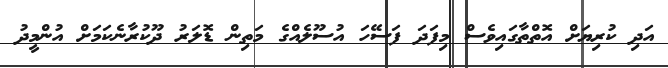
އަދި ކުރިޔަށް އޮތްތާގައިވެސް މިފަދަ ފަސޭހަ އުސޫލެއްގެ މަތިން ޑޮލަރު ދޫކުރާނެކަމަށް އުންމީދު